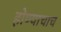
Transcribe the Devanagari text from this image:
होण्याचाच